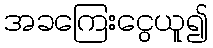
အခကြေးငွေယူ၍